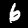
Label: 6